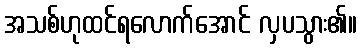
အသစ်ဟုထင်ရလောက်အောင် လှပသွား၏။